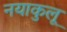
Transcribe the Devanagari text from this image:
नयाकुलू